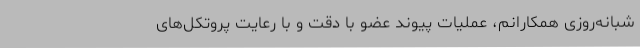
شبانه‌روزی همکارانم، عملیات پیوند عضو با دقت و با رعایت پروتکل‌های